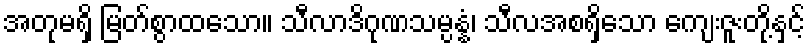
အတုမရှိ မြတ်စွာထသော။ သီလာဒိဂုဏသမ္ပန္နံ၊ သီလအစရှိသော ကျေးဇူးတို့နှင့်